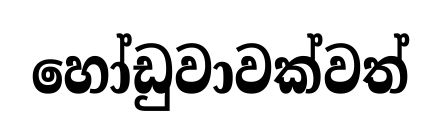
හෝඩුවාවක්වත්